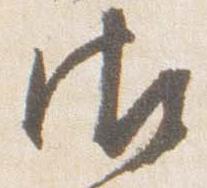
御